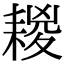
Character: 䎫